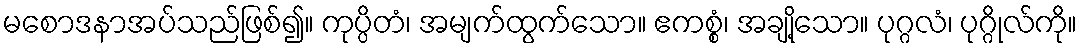
မစောဒနာအပ်သည်ဖြစ်၍။ ကုပ္ပိတံ၊ အမျက်ထွက်သော။ ဧကစ္စံ၊ အချို့သော။ ပုဂ္ဂလံ၊ ပုဂ္ဂိုလ်ကို။